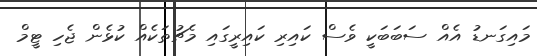
މައިގަނޑު އެއް ސަބަބަކީ ވެސް ކައިރި ކައިރީގައި މެޗުތަކެއް ކުޅެން ޖެހި ޓީމް